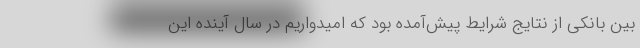
بین بانکی از نتایج شرایط پیش‌آمده بود که امیدواریم در سال آینده این